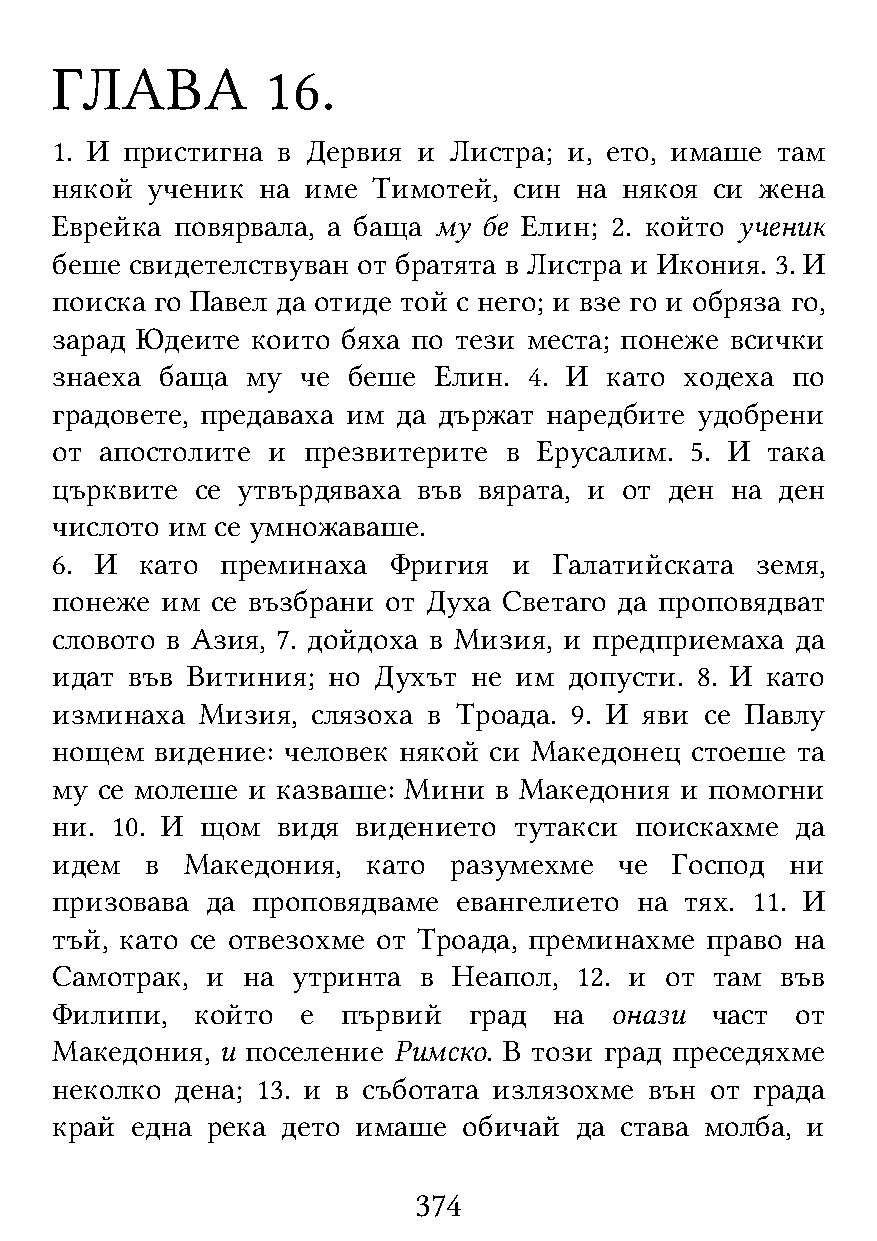
ГЛАВА          16.
 1. И пристигна в Дервия  и Листра; и, ето, имаше там
 някой  ученик на име  Тимотей, син на някоя си жена
 Еврейка  повярвала, а баща му бе Елин; 2. който ученик
 беше  свидетелствуван от братята в Листра и Икония. 3. И
 поиска го Павел да отиде той с него; и взе го и обряза го,
 зарад Юдеите  които бяха по тези места; понеже всички
 знаеха  баща му  че беше  Елин. 4. И като ходеха по
 градовете, предаваха им да държат наредбите удобрени
 от  апостолите и презвитерите в  Ерусалим. 5. И така
 църквите  се утвърдяваха във вярата, и от ден на ден
 числото им се умножаваше.
 6. И  като  преминаха  Фригия  и  Галатийската земя,
 понеже  им се възбрани от Духа Светаго да проповядват
 словото в Азия, 7. дойдоха в Мизия, и предприемаха да
 идат във Витиния;  но Духът не им  допусти. 8. И като
 изминаха  Мизия,  слязоха в Троада. 9. И яви се Павлу
 нощем  видение: человек някой си Македонец стоеше та
 му се молеше и казваше: Мини  в Македония и помогни
 ни. 10. И щом  видя  видението тутакси поискахме  да
 идем   в Македония,  като  разумехме  че  Господ ни
 призовава  да проповядваме евангелието на тях. 11. И
 тъй, като се отвезохме от Троада, преминахме право на
 Самотрак,  и на утринта  в Неапол, 12. и от там  във
 Филипи,   който  е  първий  град  на онази  част  от
 Македония,  и поселение Римско. В този град преседяхме
 неколко  дена; 13. и в съботата излязохме вън от града
 край  една река дето имаше  обичай да става молба, и
 374